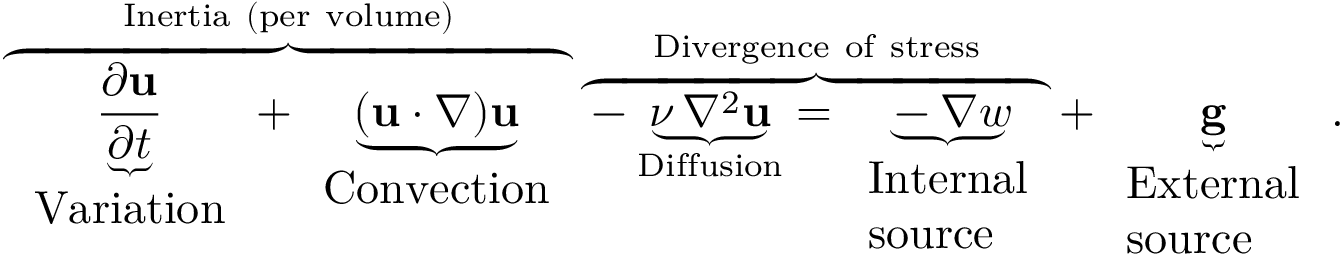
\overbrace { \underbrace { \frac { \partial \mathbf { u } } { \partial t } } _ { \begin{array} { l } { { \mathrm { V a r i a t i o n } } } \end{array} } + \underbrace { ( \mathbf { u } \cdot \nabla ) \mathbf { u } } _ { \begin{array} { l } { { \mathrm { C o n v e c t i o n } } } \end{array} } } ^ { \mathrm { I n e r t i a ~ ( p e r ~ v o l u m e ) } } \overbrace { - \underbrace { \nu \, \nabla ^ { 2 } \mathbf { u } } _ { \mathrm { D i f f u s i o n } } = \underbrace { - \nabla w } _ { \begin{array} { l } { { \mathrm { I n t e r n a l } } } \\ { { \mathrm { s o u r c e } } } \end{array} } } ^ { \mathrm { D i v e r g e n c e ~ o f ~ s t r e s s } } + \underbrace { \mathbf { g } } _ { \begin{array} { l } { { \mathrm { E x t e r n a l } } } \\ { { \mathrm { s o u r c e } } } \end{array} } .